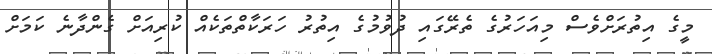
މީގެ އިތުރަށްވެސް މިއަހަރުގެ ތެރޭގައި ދުވުމުގެ އިތުރު ހަރަކާތްތަކެއް ކުރިއަށް ގެންދާނެ ކަމަށް